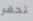
تحفر